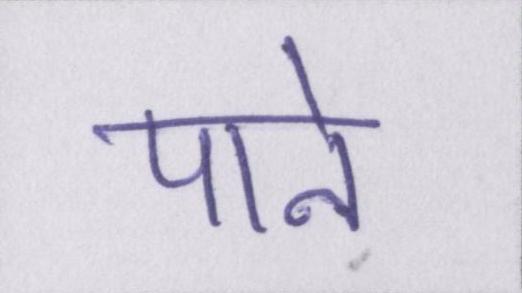
पाने